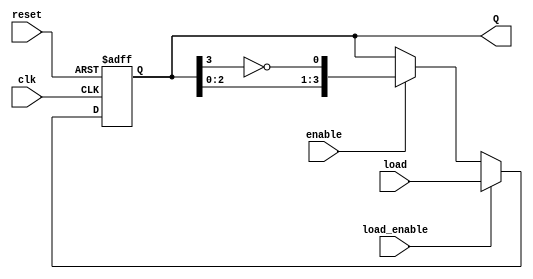
module johnson_counter #(
    parameter N = 4 // Number of flip-flops
)(
    input wire clk,         // Clock input
    input wire reset,       // Asynchronous reset
    input wire enable,      // Enable signal
    input wire [N-1:0] load, // Load signal for initializing the counter
    input wire load_enable,  // Signal to enable loading
    output reg [N-1:0] Q    // Output state of the counter
);

    // Synchronous Johnson Counter Logic
    always @(posedge clk or posedge reset) begin
        if (reset) begin
            Q <= 0; // Reset the counter to 0
        end else if (load_enable) begin
            Q <= load; // Load the specified value
        end else if (enable) begin
            // Shift the counter and feed back inverted last flip-flop
            Q <= {Q[N-2:0], ~Q[N-1]};
        end
    end

endmodule